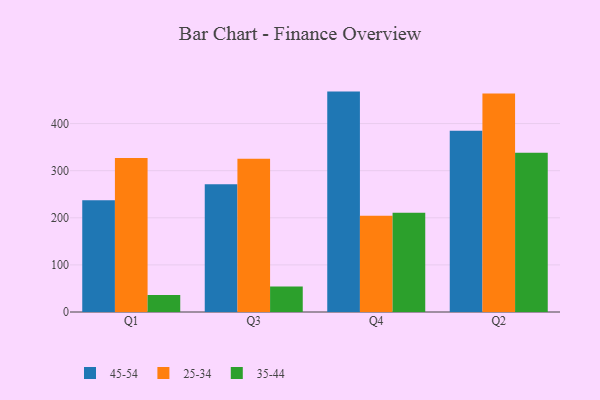
{"axis": {"x": "Quarter", "y": "Humidity (%)"}, "legend": ["25-34", "35-44", "45-54"], "data": [{"x": "Q1", "y": 237.4, "type": "45-54"}, {"x": "Q1", "y": 327.1, "type": "25-34"}, {"x": "Q1", "y": 36.3, "type": "35-44"}, {"x": "Q3", "y": 271.4, "type": "45-54"}, {"x": "Q3", "y": 325.4, "type": "25-34"}, {"x": "Q3", "y": 54.4, "type": "35-44"}, {"x": "Q4", "y": 467.9, "type": "45-54"}, {"x": "Q4", "y": 204.1, "type": "25-34"}, {"x": "Q4", "y": 210.8, "type": "35-44"}, {"x": "Q2", "y": 384.8, "type": "45-54"}, {"x": "Q2", "y": 463.7, "type": "25-34"}, {"x": "Q2", "y": 338.1, "type": "35-44"}]}